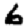
Digit: 6